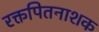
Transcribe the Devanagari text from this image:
रक्तपितनाशक